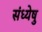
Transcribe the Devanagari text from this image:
संध्येषु